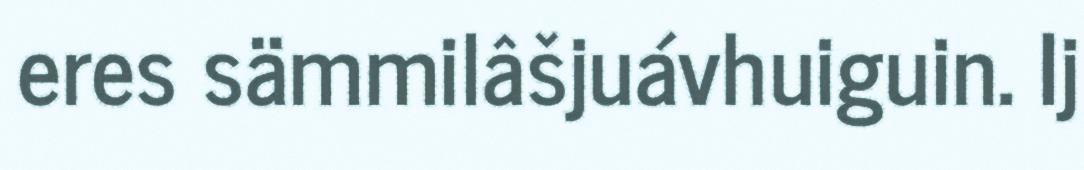
eres sämmilâšjuávhuiguin. Ij